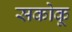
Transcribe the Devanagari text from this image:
सकोकू